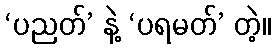
‘ပညတ်’ နဲ့ ‘ပရမတ်’ တဲ့။